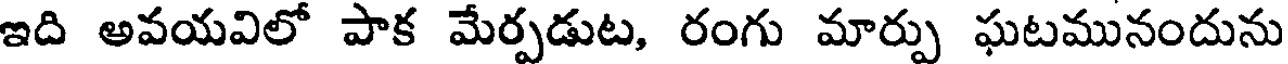
ఇది అవయవిలో పాక మేర్పడుట, రంగు మార్పు ఘటమునందును